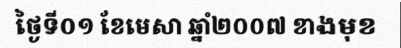
ថ្ងៃទី០១ ខែមេសា ឆ្នាំ២០០៧ ខាងមុខ